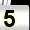
Digit: 5